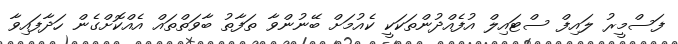
ފަސްމީރު ލައިފް ސްޓައިލް އުފެއްދުންތަކަކީ ކެއުމަށް ބޭނުންވާ ތަފާތު ބާވަތްތައް އެއްކޮށްގެން ހަދާފައިވާ